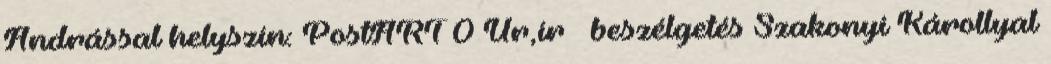
Andrással helyszín: PostART 0 Úr,ír – beszélgetés Szakonyi Károllyal